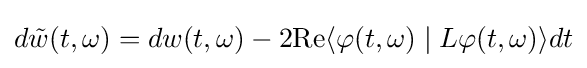
d{\tilde {w}}(t,\omega )=dw(t,\omega )-2\mathrm {Re} \langle \varphi (t,\omega )\mid L\varphi (t,\omega )\rangle dt